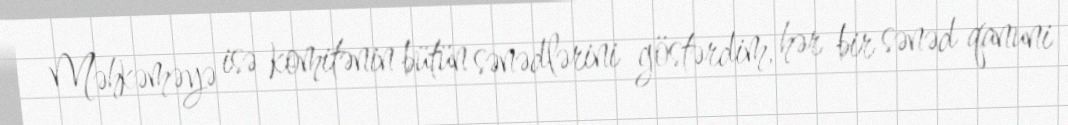
Məhkəməyə isə komitənin bütün sənədlərini göstərdim, hər bir sənəd qanuni